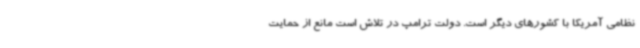
نظامی آمریکا با کشورهای دیگر است. دولت ترامپ در تلاش است مانع از حمایت